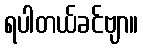
ရပါတယ်ခင်ဗျာ။